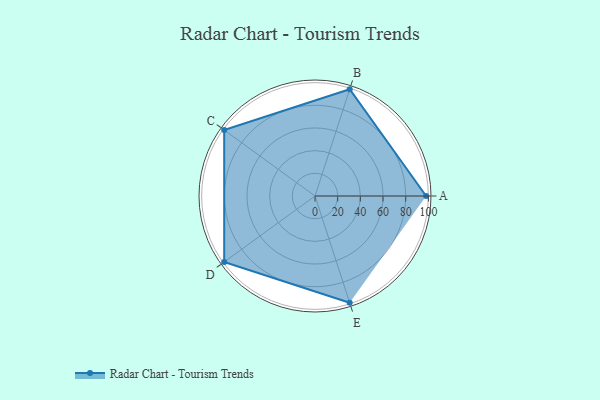
{"axis": {"x": "Skill", "y": "Score"}, "legend": ["Profile"], "data": [{"x": "A", "y": 98.0, "type": "Profile"}, {"x": "B", "y": 99, "type": "Profile"}, {"x": "C", "y": 99, "type": "Profile"}, {"x": "D", "y": 99, "type": "Profile"}, {"x": "E", "y": 99, "type": "Profile"}]}